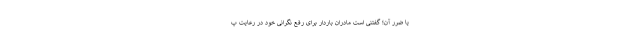
یا ضرر آن؛ گفتنی است مادران باردار برای رفع نگرانی خود در رعایت پ